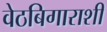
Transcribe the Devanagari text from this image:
वेठबिगाराशी